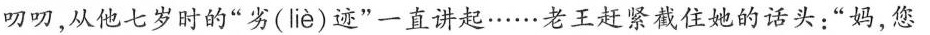
叨叨，从他七岁时的”劣( liè )迹”一直讲起……老王赶紧截住她的话头：“妈，您